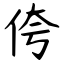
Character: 侉